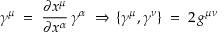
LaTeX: \gamma ^ { \mu } \; = \; \frac { \partial x ^ { \mu } } { \partial x ^ { \alpha } } \, \gamma ^ { \alpha } \; \Rightarrow \, \{ \gamma ^ { \mu } , \gamma ^ { \nu } \} \; = \; 2 \, g ^ { \mu \nu }